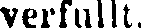
verfullt.